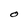
Character: O